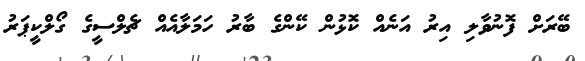
ބޭރަށް ފޮނުވާލި އިރު އަނެއް ކޮޅުން ކޭންގެ ބާރު ހަމަލާއެއް ޗެލްސީގެ ގޯލްކީޕަރު